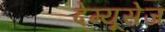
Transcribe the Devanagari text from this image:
देम्यूसेज